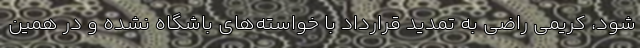
شود، کریمی راضی به تمدید قرارداد با خواسته‌های باشگاه نشده و در همین